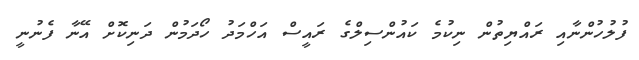
ފުލުހުންނާއި ރައްޔިތުން ނިކުމެ ކައުންސިލްގެ ރައީސް އަހްމަދު ހޯދަމުން ދަނިކޮށް އޭނާ ފެނުނީ